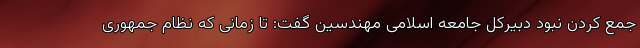
جمع کردن نبود دبیرکل جامعه اسلامی مهندسین گفت: تا زمانی که نظام جمهوری